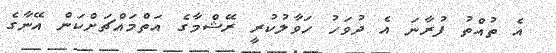
އެ ތުއްތު ފުރާނަ އެ ދުވަހު ހަވާލުކުރީ ރޭޝްމާގެ އަތްމައްޗަށްކަން އޭނާގެ